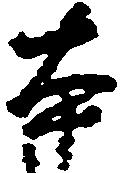
本